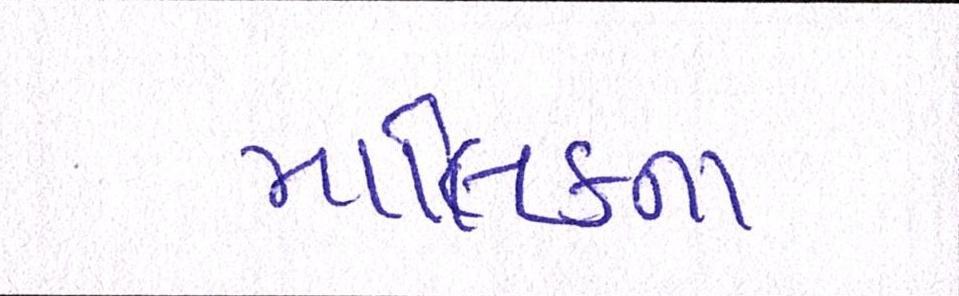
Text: મલિકના